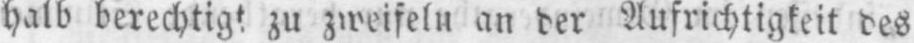
halb berechtigt zu zweifeln an der Aufrichtigkeit des